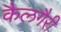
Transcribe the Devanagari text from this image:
कैलगैरी